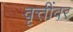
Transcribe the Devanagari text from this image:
वृत्तींवर